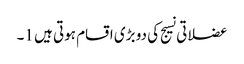
عضلاتی نسیج کی دو بڑی اقسام ہوتی ہیں 1۔